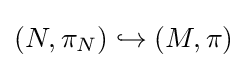
(N,\pi _{N})\hookrightarrow (M,\pi )